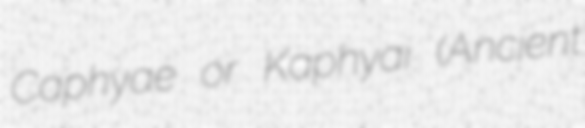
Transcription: Caphyae or Kaphyai (Ancient